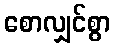
စောလျှင်စွာ